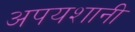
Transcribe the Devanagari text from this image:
अपयशानी